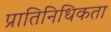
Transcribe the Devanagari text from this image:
प्रातिनिधिकता